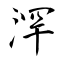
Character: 浫